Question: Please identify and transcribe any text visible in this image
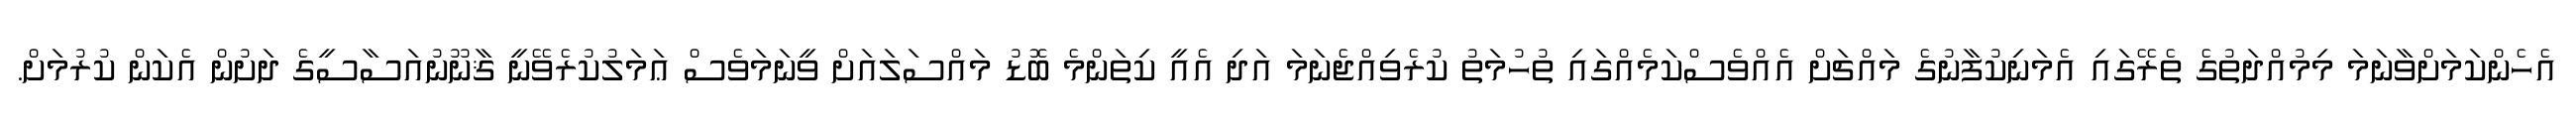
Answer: އެހެންކަމަށްވާނަމަ މިމުއްދަތުގެ ތެރޭގައި އެމަނިކުފާނުގެ މައްޗަށް އެއްވެސްކަމެއްގައި ތުހުމަތު ކުރެވިއްޖެނަމަ އަދި އެއީ ކިތަންމެ ބޮޑު މައްސަލައަށް ވީނަމަވެސް ޢަމަލުކުރެވޭނީ ޤާނޫނުއަސާސީގެ ދަށުން އެކަން ކުރުމަށް.